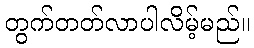
တွက်တတ်လာပါလိမ့်မည်။